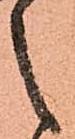
之